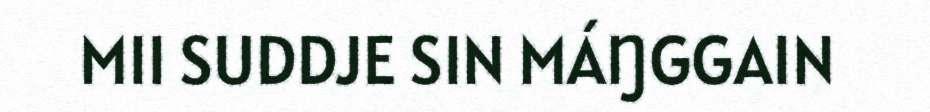
MII SUDDJE SIN MÁŊGGAIN